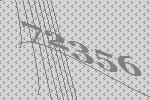
72356